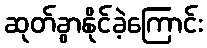
ဆုတ်ခွာနိုင်ခဲ့ကြောင်း